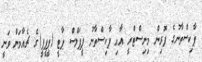
ޕާކިސްތާނުގެ ފޮރިން މިނިސްޓްރީ އާއި ޕާކިސްތާނު ޕީޕަލްސް ޕާޓީ (ޕީޕީޕީ)ގެ ޗެއާމަން ވަނީ